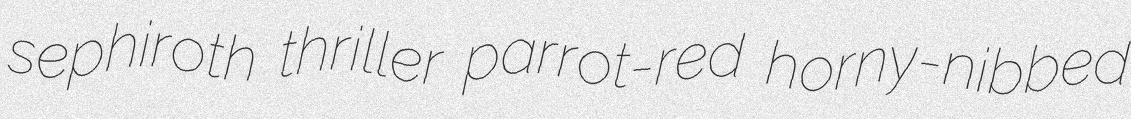
sephiroth thriller parrot-red horny-nibbed